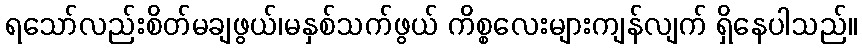
ရသော်လည်းစိတ်မချဖွယ်၊မနှစ်သက်ဖွယ် ကိစ္စလေးများကျန်လျက် ရှိနေပါသည်။